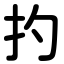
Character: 扚